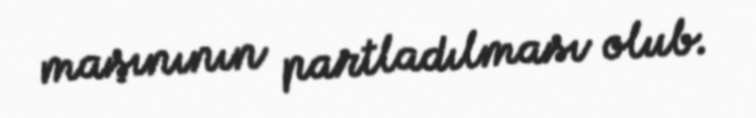
maşınının partladılması olub.